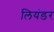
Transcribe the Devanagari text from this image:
लियंडर